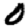
Digit: 0